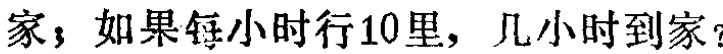
家，如果每小时行10里，几小时到家？